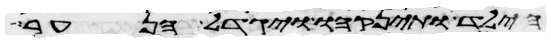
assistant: הילד ותינקהו ויגדל הנער